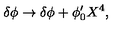
\delta \phi \rightarrow \delta \phi + \phi _ { 0 } ^ { \prime } X ^ { 4 } ,